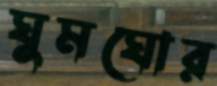
ঘুমঘোর